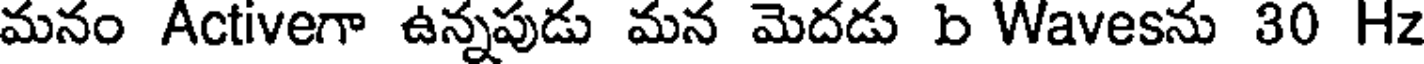
మనం Activeగా ఉన్నపుడు మన మెదడు b Wavesను 30 Hz